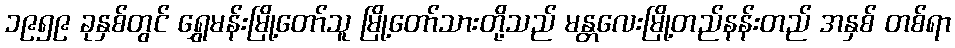
၁၉၅၉ ခုနှစ်တွင် ရွှေမန်းမြို့တော်သူ မြို့တော်သားတို့သည် မန္တလေးမြို့တည်နန်းတည် အနှစ် တစ်ရာ